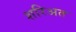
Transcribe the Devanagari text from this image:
शरिअत